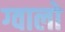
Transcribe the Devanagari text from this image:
ग्‍वालो